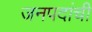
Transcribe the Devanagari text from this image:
जनपदांची